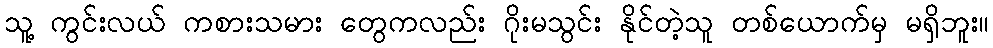
သူ့ ကွင်းလယ် ကစားသမား တွေကလည်း ဂိုးမသွင်း နိုင်တဲ့သူ တစ်ယောက်မှ မရှိဘူး။